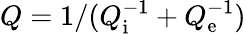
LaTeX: Q=1/(Q_{\mathrm{i}}^{-1}+Q_{\mathrm{e}}^{-1})